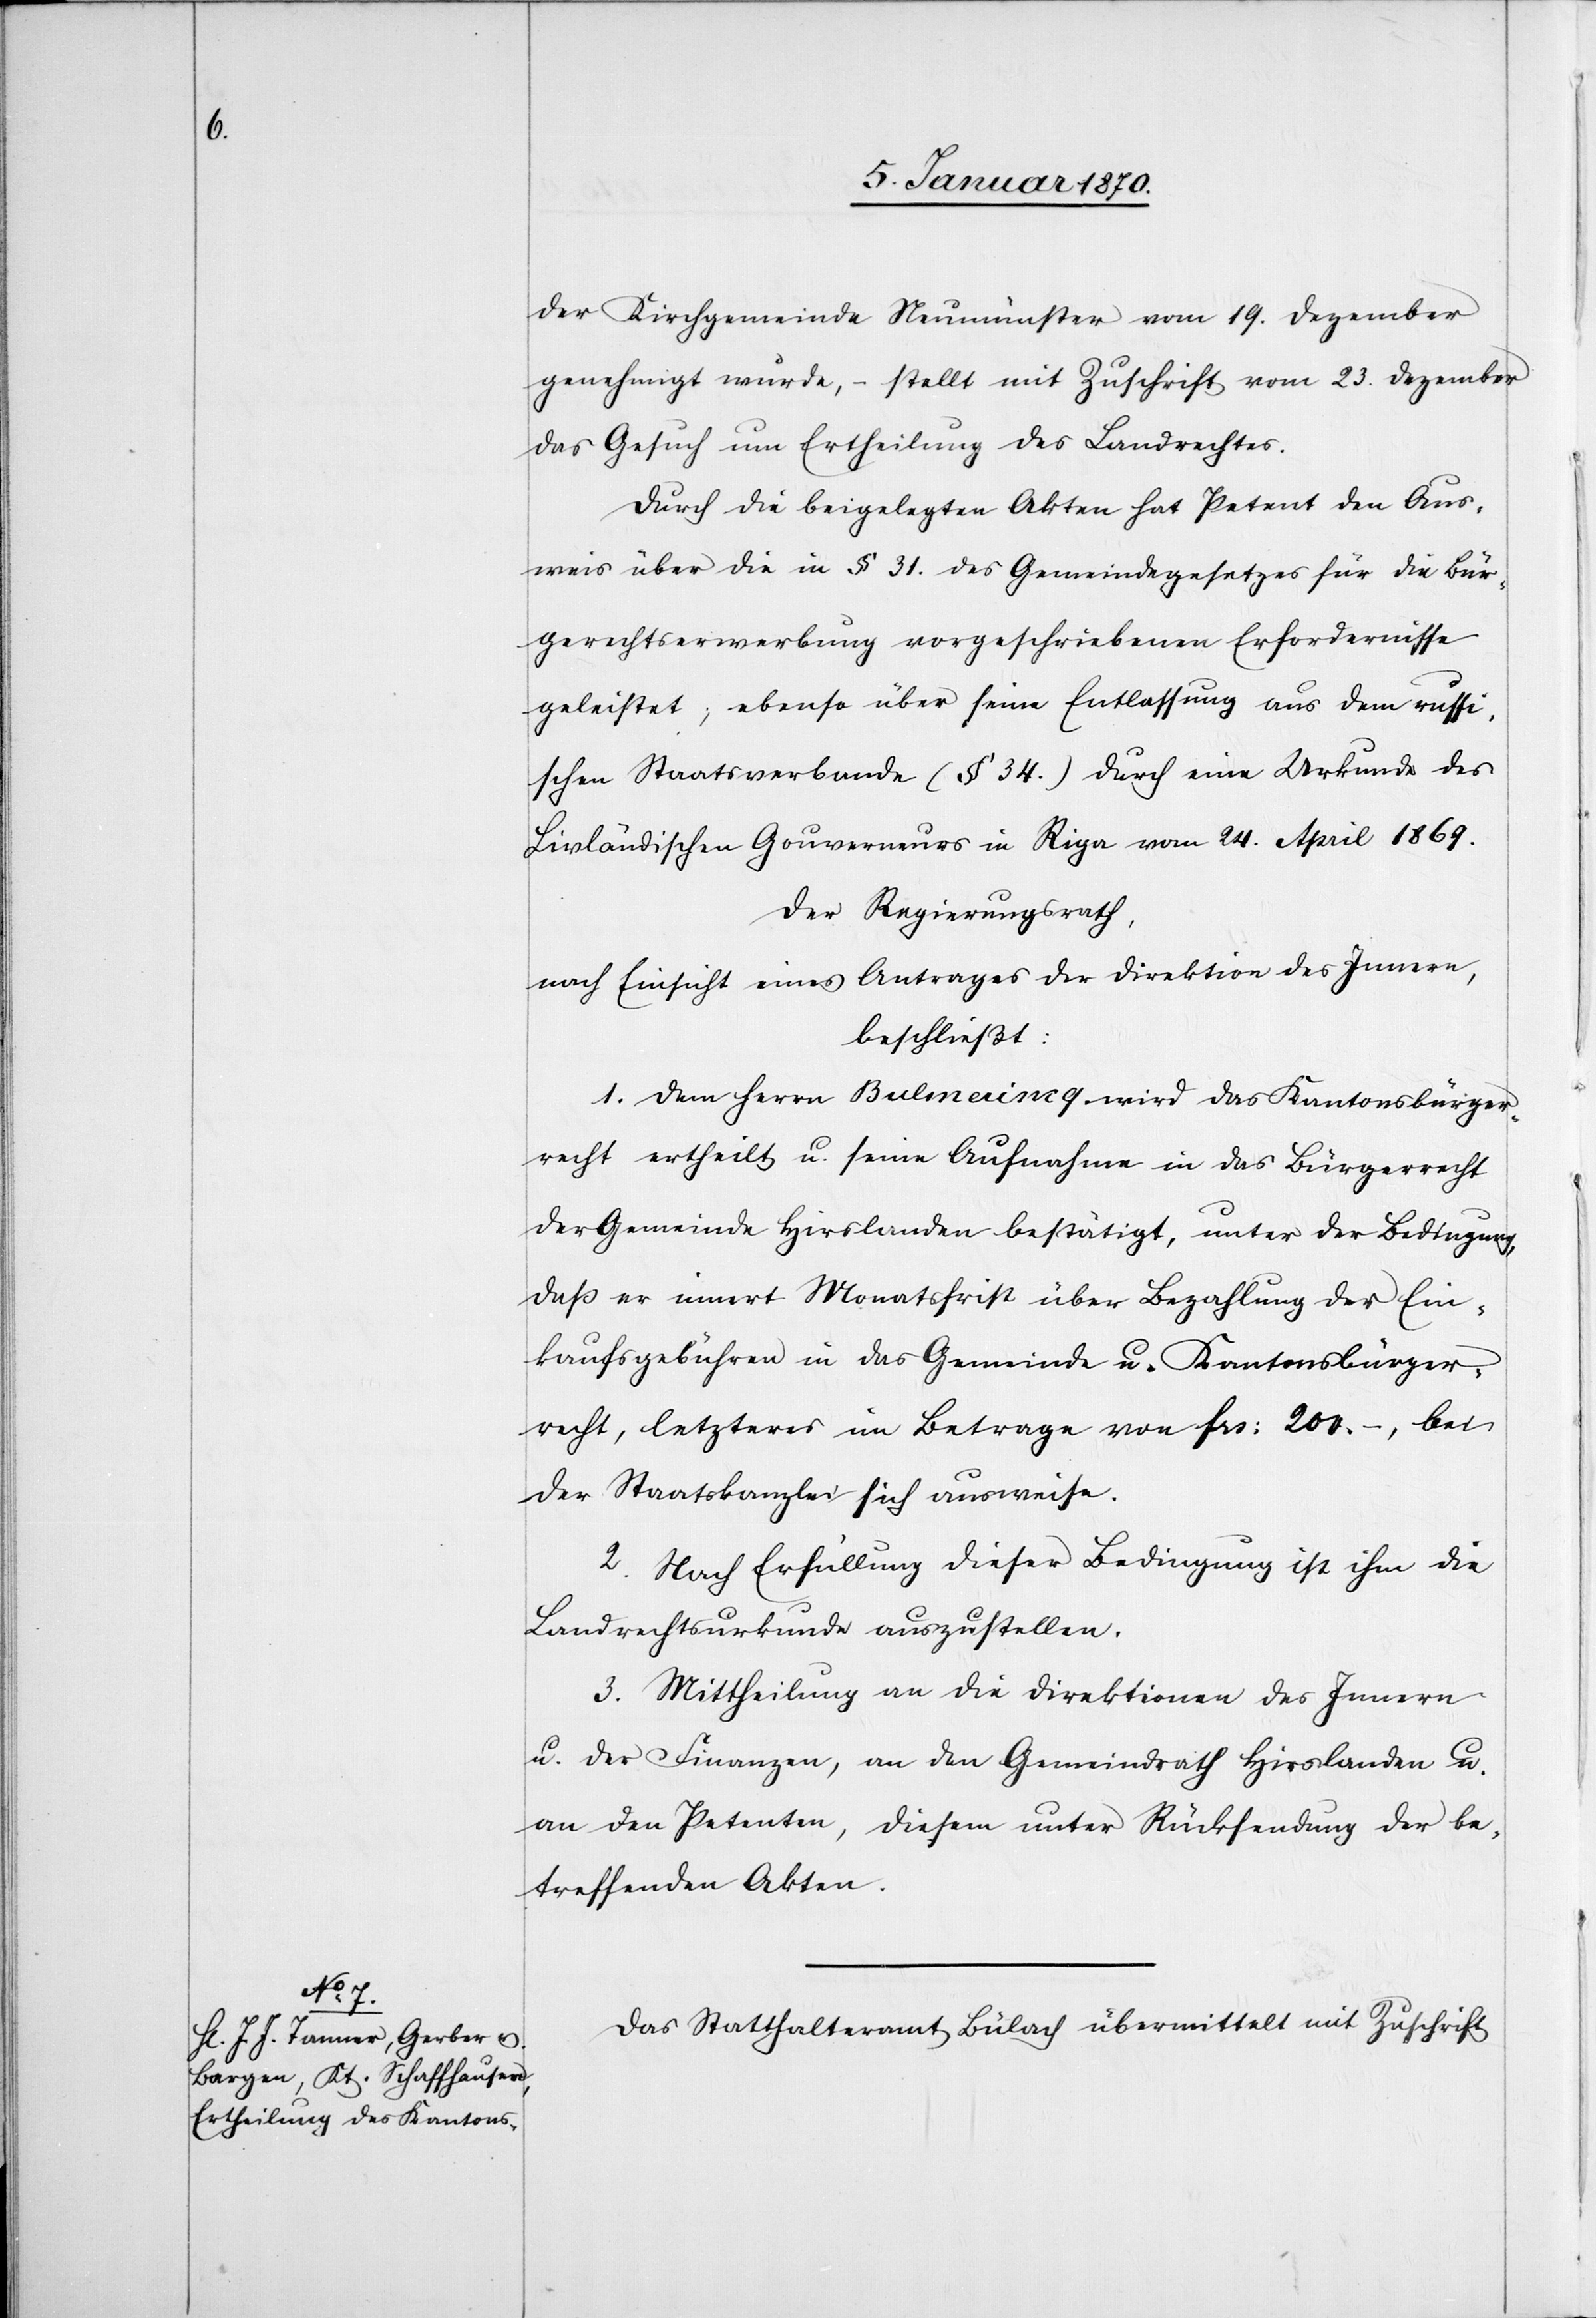
der Kirchgemeinde Neumünster vom 19. Dezember
genehmigt wurde, – stellt mit Zuschrift vom 23. Dezember
das Gesuch um Ertheilung des Landrechtes.
Durch die beigelegten Akten hat Petent den Aus¬
weis über die in § 31. des Gemeindegesetzes für die Bür¬
gerechtserwerbung [sic!] vorgeschriebenen Erfordernisse
geleistet; ebenso über seine Entlassung aus dem russi¬
schen Staatsverbunde (§ 34.) durch eine Urkunde des
Livländischen Gouverneurs in Riga vom 24. April 1869.
Der Regierungsrath,
nach Einsicht eines Antrages der Direktion des Innern,
beschließt:
1. Dem Herrn Bulmerincq wird das Kantonsbürger¬
recht ertheilt u. seine Aufnahme in das Bürgerrecht
der Gemeinde Hirslanden bestätigt, unter der Bedingung,
daß er innert Monatsfrist über Bezahlung der Ein¬
kaufsgebühren in das Gemeinde u. Kantonsbürger¬
recht, letzteres im Betrage von frs: 200.–, bei
der Staatskanzlei sich ausweise.
2. Nach Erfüllung dieser Bedingung ist ihm die
Landrechtsurkunde auszustellen.
3. Mittheilung an die Direktionen des Innern
u. der Finanzen, an den Gemeindrath Hirslanden u.
an den Petenten, diesem unter Rücksendung der be¬
treffenden Akten.
Das Statthalteramt Bülach übermittelt mit Zuschrift